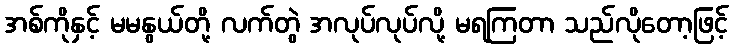
အစ်ကိုနှင့် မမနွယ်တို့ လက်တွဲ အလုပ်လုပ်လို့ မရကြတာ သည်လိုတော့ဖြင့်